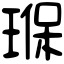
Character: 𤦸